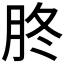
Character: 𦙭